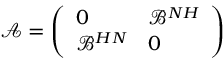
\begin{array} { r } { \mathcal { A } = \left( \begin{array} { l l } { 0 } & { \mathcal { B } ^ { N H } } \\ { \mathcal { B } ^ { H N } } & { 0 } \end{array} \right) } \end{array}